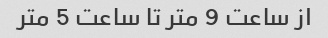
از ساعت 9 متر تا ساعت 5 متر